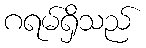
ဂရမ်ရှိသည်